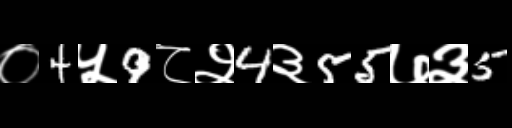
Text: ०4५9८२4३55७३5